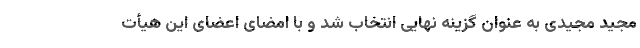
مجید مجیدی به عنوان گزینه نهایی انتخاب شد و با امضای اعضای این هیأت